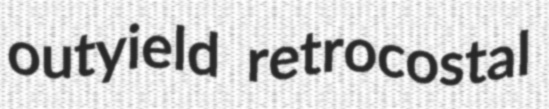
outyield retrocostal